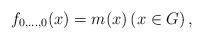
LaTeX: \begin{align*} f_{0, \ldots, 0}(x)=m(x) \left(x\in G\right), \end{align*}